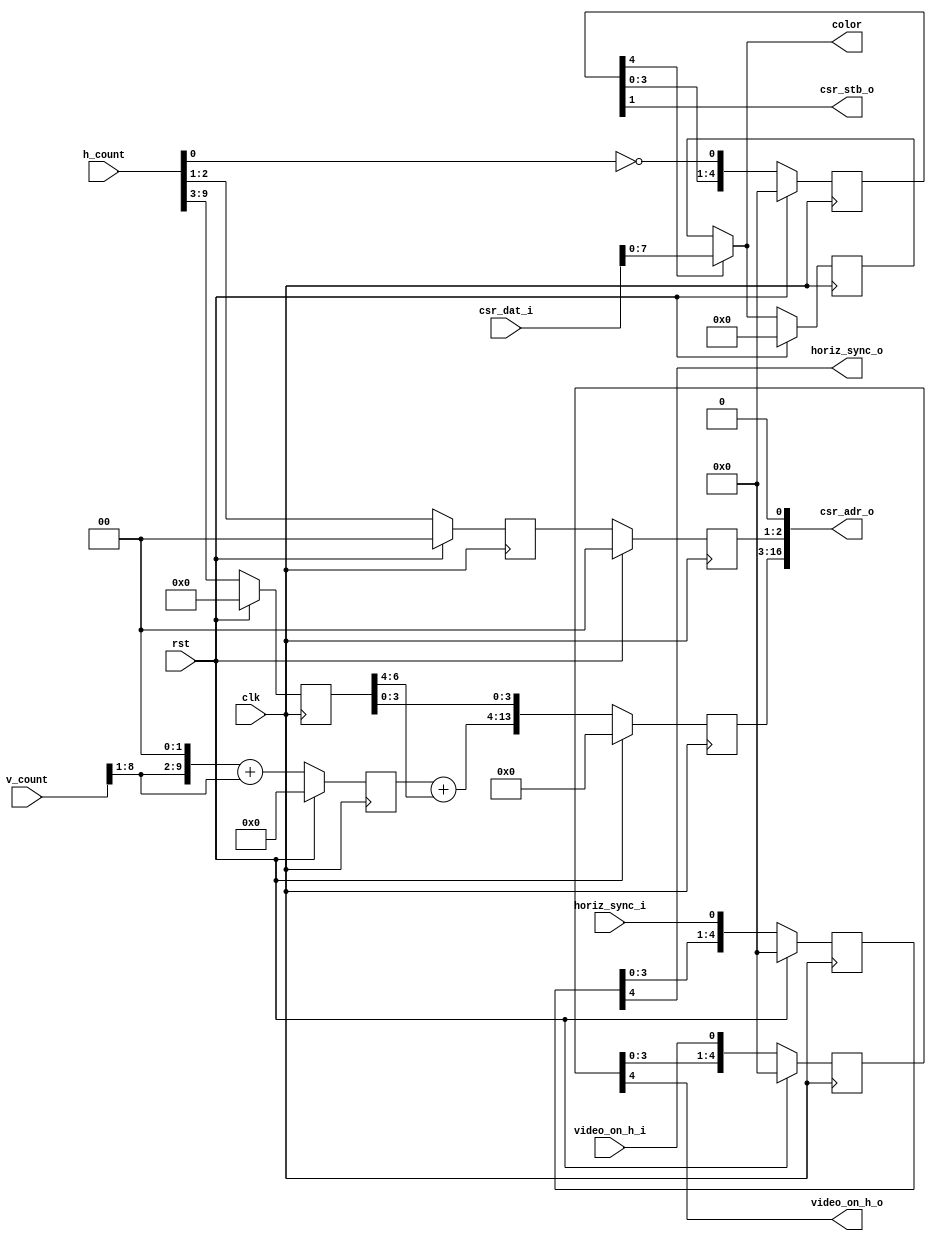
module vga_linear (
    input clk,
    input rst,

    // CSR slave interface for reading
    output [17:1] csr_adr_o,
    input  [15:0] csr_dat_i,
    output        csr_stb_o,

    input [9:0] h_count,
    input [9:0] v_count,
    input       horiz_sync_i,
    input       video_on_h_i,
    output      video_on_h_o,

    output [7:0] color,
    output       horiz_sync_o
  );

  // Registers
  reg [ 9:0] row_addr;
  reg [ 6:0] col_addr;
  reg [14:1] word_offset;
  reg [ 1:0] plane_addr;
  reg [ 1:0] plane_addr0;
  reg [ 7:0] color_l;

  reg [4:0] video_on_h;
  reg [4:0] horiz_sync;
  reg [5:0] pipe;
  reg [15:0] word_color;

  // Continous assignments
  assign csr_adr_o = { word_offset, plane_addr, 1'b0 };
  assign csr_stb_o = pipe[1];

  assign color = pipe[4] ? csr_dat_i[7:0] : color_l;

  assign video_on_h_o = video_on_h[4];
  assign horiz_sync_o = horiz_sync[4];

  // Behaviour
  // Pipeline count
  always @(posedge clk)
    pipe <= rst ? 6'b0 : { pipe[4:0], ~h_count[0] };

  // video_on_h
  always @(posedge clk)
    video_on_h <= rst ? 5'b0 : { video_on_h[3:0], video_on_h_i };

  // horiz_sync
  always @(posedge clk)
    horiz_sync <= rst ? 5'b0 : { horiz_sync[3:0], horiz_sync_i };

  // Address generation
  always @(posedge clk)
    if (rst)
      begin
        row_addr    <= 10'h0;
        col_addr    <= 7'h0;
        plane_addr0 <= 2'b00;
        word_offset <= 14'h0;
        plane_addr  <= 2'b00;
      end
    else
      begin
        // Loading new row_addr and col_addr when h_count[3:0]==4'h0
        // v_count * 5 * 32
        row_addr    <= { v_count[8:1], 2'b00 } + v_count[8:1];
        col_addr    <= h_count[9:3];
        plane_addr0 <= h_count[2:1];

        word_offset <= { row_addr + col_addr[6:4], col_addr[3:0] };
        plane_addr  <= plane_addr0;
      end

  // color_l
  always @(posedge clk)
    color_l <= rst ? 8'h0 : (pipe[4] ? csr_dat_i[7:0] : color_l);

endmodule